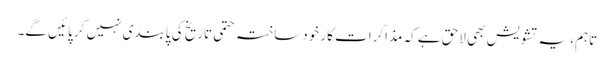
تاہم، یہ تشویش بھی لاحق ہے کہ مذاکرات کار خودساختہ حتمی تاریخ کی پابندی نہیں کر پائیں گے۔